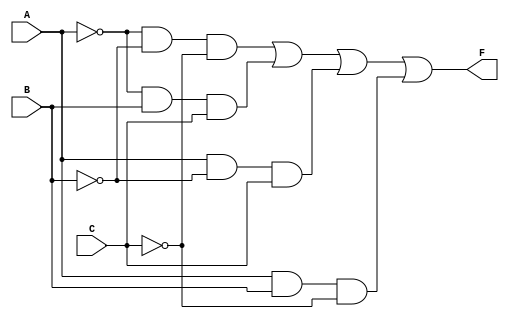
module KMap3Var (
    input wire A,       // Input variable A
    input wire B,       // Input variable B
    input wire C,       // Input variable C
    output wire F       // Output variable F
);

// Internal signals for the minterms
wire A_not = ~A; // NOT A
wire B_not = ~B; // NOT B
wire C_not = ~C; // NOT C

// Define the output F based on the K-map grouping
assign F = (A_not & B_not & C_not) |  // A'B'C' (minterm 0)
           (A_not & B & C) |          // A'BC (minterm 3)
           (A & B_not & C) |          // AB'C (minterm 5)
           (A & B & C_not);           // ABC' (minterm 6)

endmodule